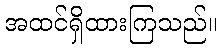
အထင်ရှိထားကြသည်။